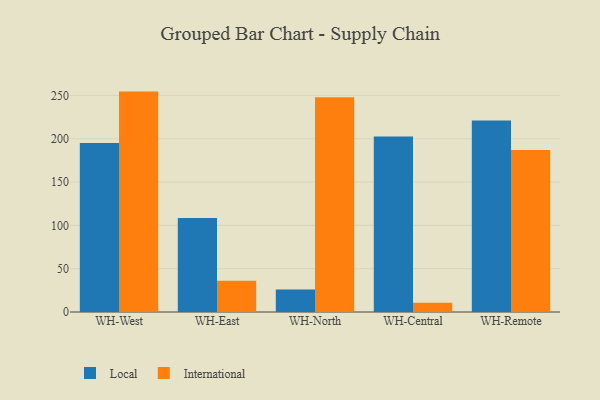
{"axis": {"x": "Warehouse", "y": "Bounce Rate (%)"}, "legend": ["International", "Local"], "data": [{"x": "WH-West", "y": 195.2, "type": "Local"}, {"x": "WH-West", "y": 254.4, "type": "International"}, {"x": "WH-East", "y": 108.4, "type": "Local"}, {"x": "WH-East", "y": 36.2, "type": "International"}, {"x": "WH-North", "y": 25.9, "type": "Local"}, {"x": "WH-North", "y": 248.0, "type": "International"}, {"x": "WH-Central", "y": 202.6, "type": "Local"}, {"x": "WH-Central", "y": 10.7, "type": "International"}, {"x": "WH-Remote", "y": 221.1, "type": "Local"}, {"x": "WH-Remote", "y": 186.9, "type": "International"}]}